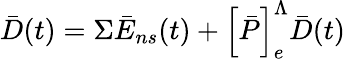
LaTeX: \bar{D}(t)=\Sigma\bar{E}_{ns}(t)+\left[\bar{P}\right]_{e}^{\Lambda}\bar{D}(t)